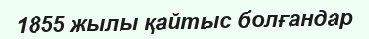
1855 жылы қайтыс болғандар